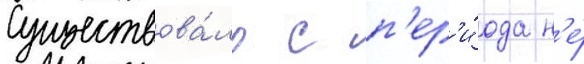
Существова́ло с п'ер'и́ода н'е́